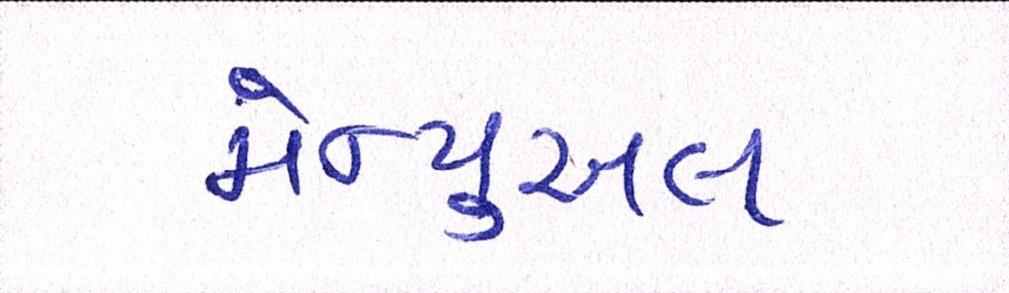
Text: મેન્યુઅલ